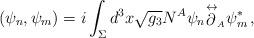
LaTeX: \begin{align*}(\psi_n,\psi_m)=i\int_{\Sigma}d^3x\sqrt{g_3}N^A\psi_n{\mathop{\partial}\limits^{\leftrightarrow}} _{_A}\psi^*_m\, ,\end{align*}